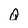
Character: Q